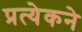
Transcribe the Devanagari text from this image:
प्रत्येकने